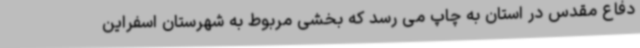
دفاع مقدس در استان به چاپ‌ می رسد که بخشی مربوط به شهرستان اسفراین